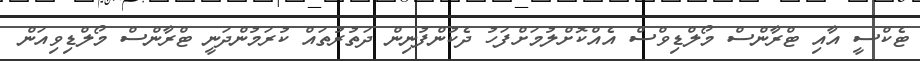
ޓެކްސީ އާއި ޓްރާންސް މޯލްޑިވްސް އެއްކޮށްލުމަށްފަހު ދެކުންފުނިން ދަތުރުތައް ކުރަމުންދަނީ ޓްރާންސް މޯލްޑިވިއަން